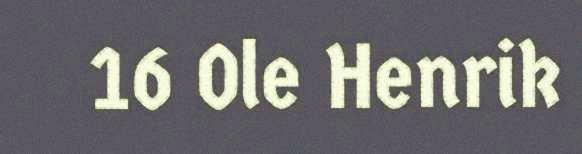
16 Ole Henrik